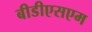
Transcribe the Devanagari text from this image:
बीडीएसएम